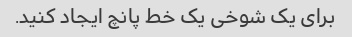
برای یک شوخی یک خط پانچ ایجاد کنید.